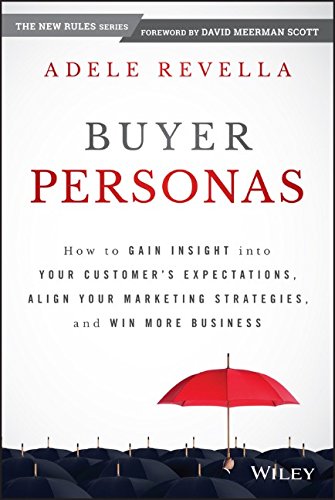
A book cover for Buyer Personas: How to Gain Insight into your Customer's Expectations, Align your Marketing Strategies, and Win More Business; Adele Revella; Business & Money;